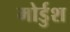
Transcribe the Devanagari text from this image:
मोर्डुश